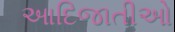
આદિજાતીઓ